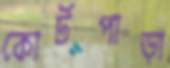
কোর্টপাড়া